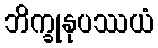
ဘိက္ခုနုပဿယံ